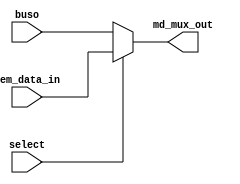
module mdMux(
	input wire [31:0] buso,
	input wire [31:0] mem_data_in,
	input wire select,
	output wire [31:0] md_mux_out
);

	assign md_mux_out = select ? mem_data_in : buso;

endmodule